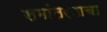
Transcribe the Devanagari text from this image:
समांतरनाचा